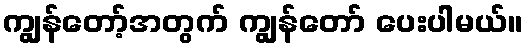
ကျွန်တော့်အတွက် ကျွန်တော် ပေးပါမယ်။